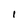
Character: 1